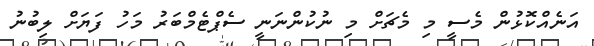
އަނެއްކޮޅުން މެސީ މި މެޗަށް މި ނުކުންނަނީ ސެޕްޓެމްބަރު މަހު ފަޔަށް ލިބުނު